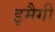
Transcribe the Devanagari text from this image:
इमैगी